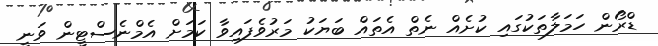
ޑްރޯން ހަމަލާތަކުގައި ކުށެއް ނެތް އެތައް ބަޔަކު މަރުވެފައިވާ ކަމަށް އެމްނެސްޓީން ވަނީ